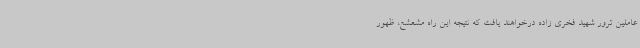
عاملین ترور شهید فخری زاده درخواهند یافت که نتیجه این راه مشعشع، ظهور